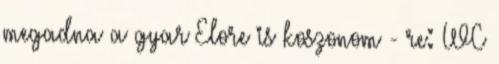
megadna a gyar Elore is koszonom - re: WC